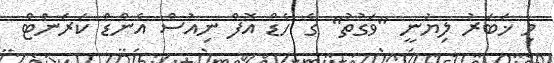
މި ޚަބަރު ލިޔުނީ "ވަގުތު" ގެ ހެޑް އޮފް ނިއުސް އެންޑް ކަރަންޓް